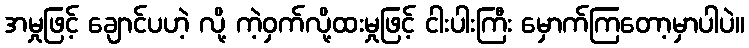
အမှုဖြင့် ချောင်ပဟဲ့ လို့ ကဲ့ဝှက်လို့ထးမှုဖြင့် ငါးပါးကြီး မှောက်ကြတော့မှာပါပဲ။